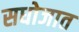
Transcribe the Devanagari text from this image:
सधोजात